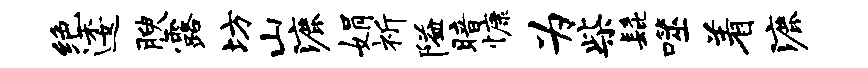
绝逶腴露坊山漉娟祈隘暗慷为柴髭噬着漉